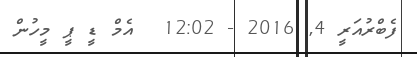
ފެބްރުއަރީ 4